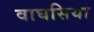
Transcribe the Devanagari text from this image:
वाघसिया